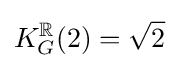
K_{G}^{\mathbb {R} }(2)={\sqrt {2}}